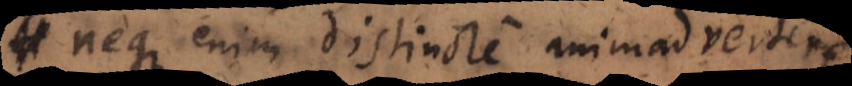
neque enim distincte animadvertere